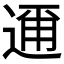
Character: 𮞘